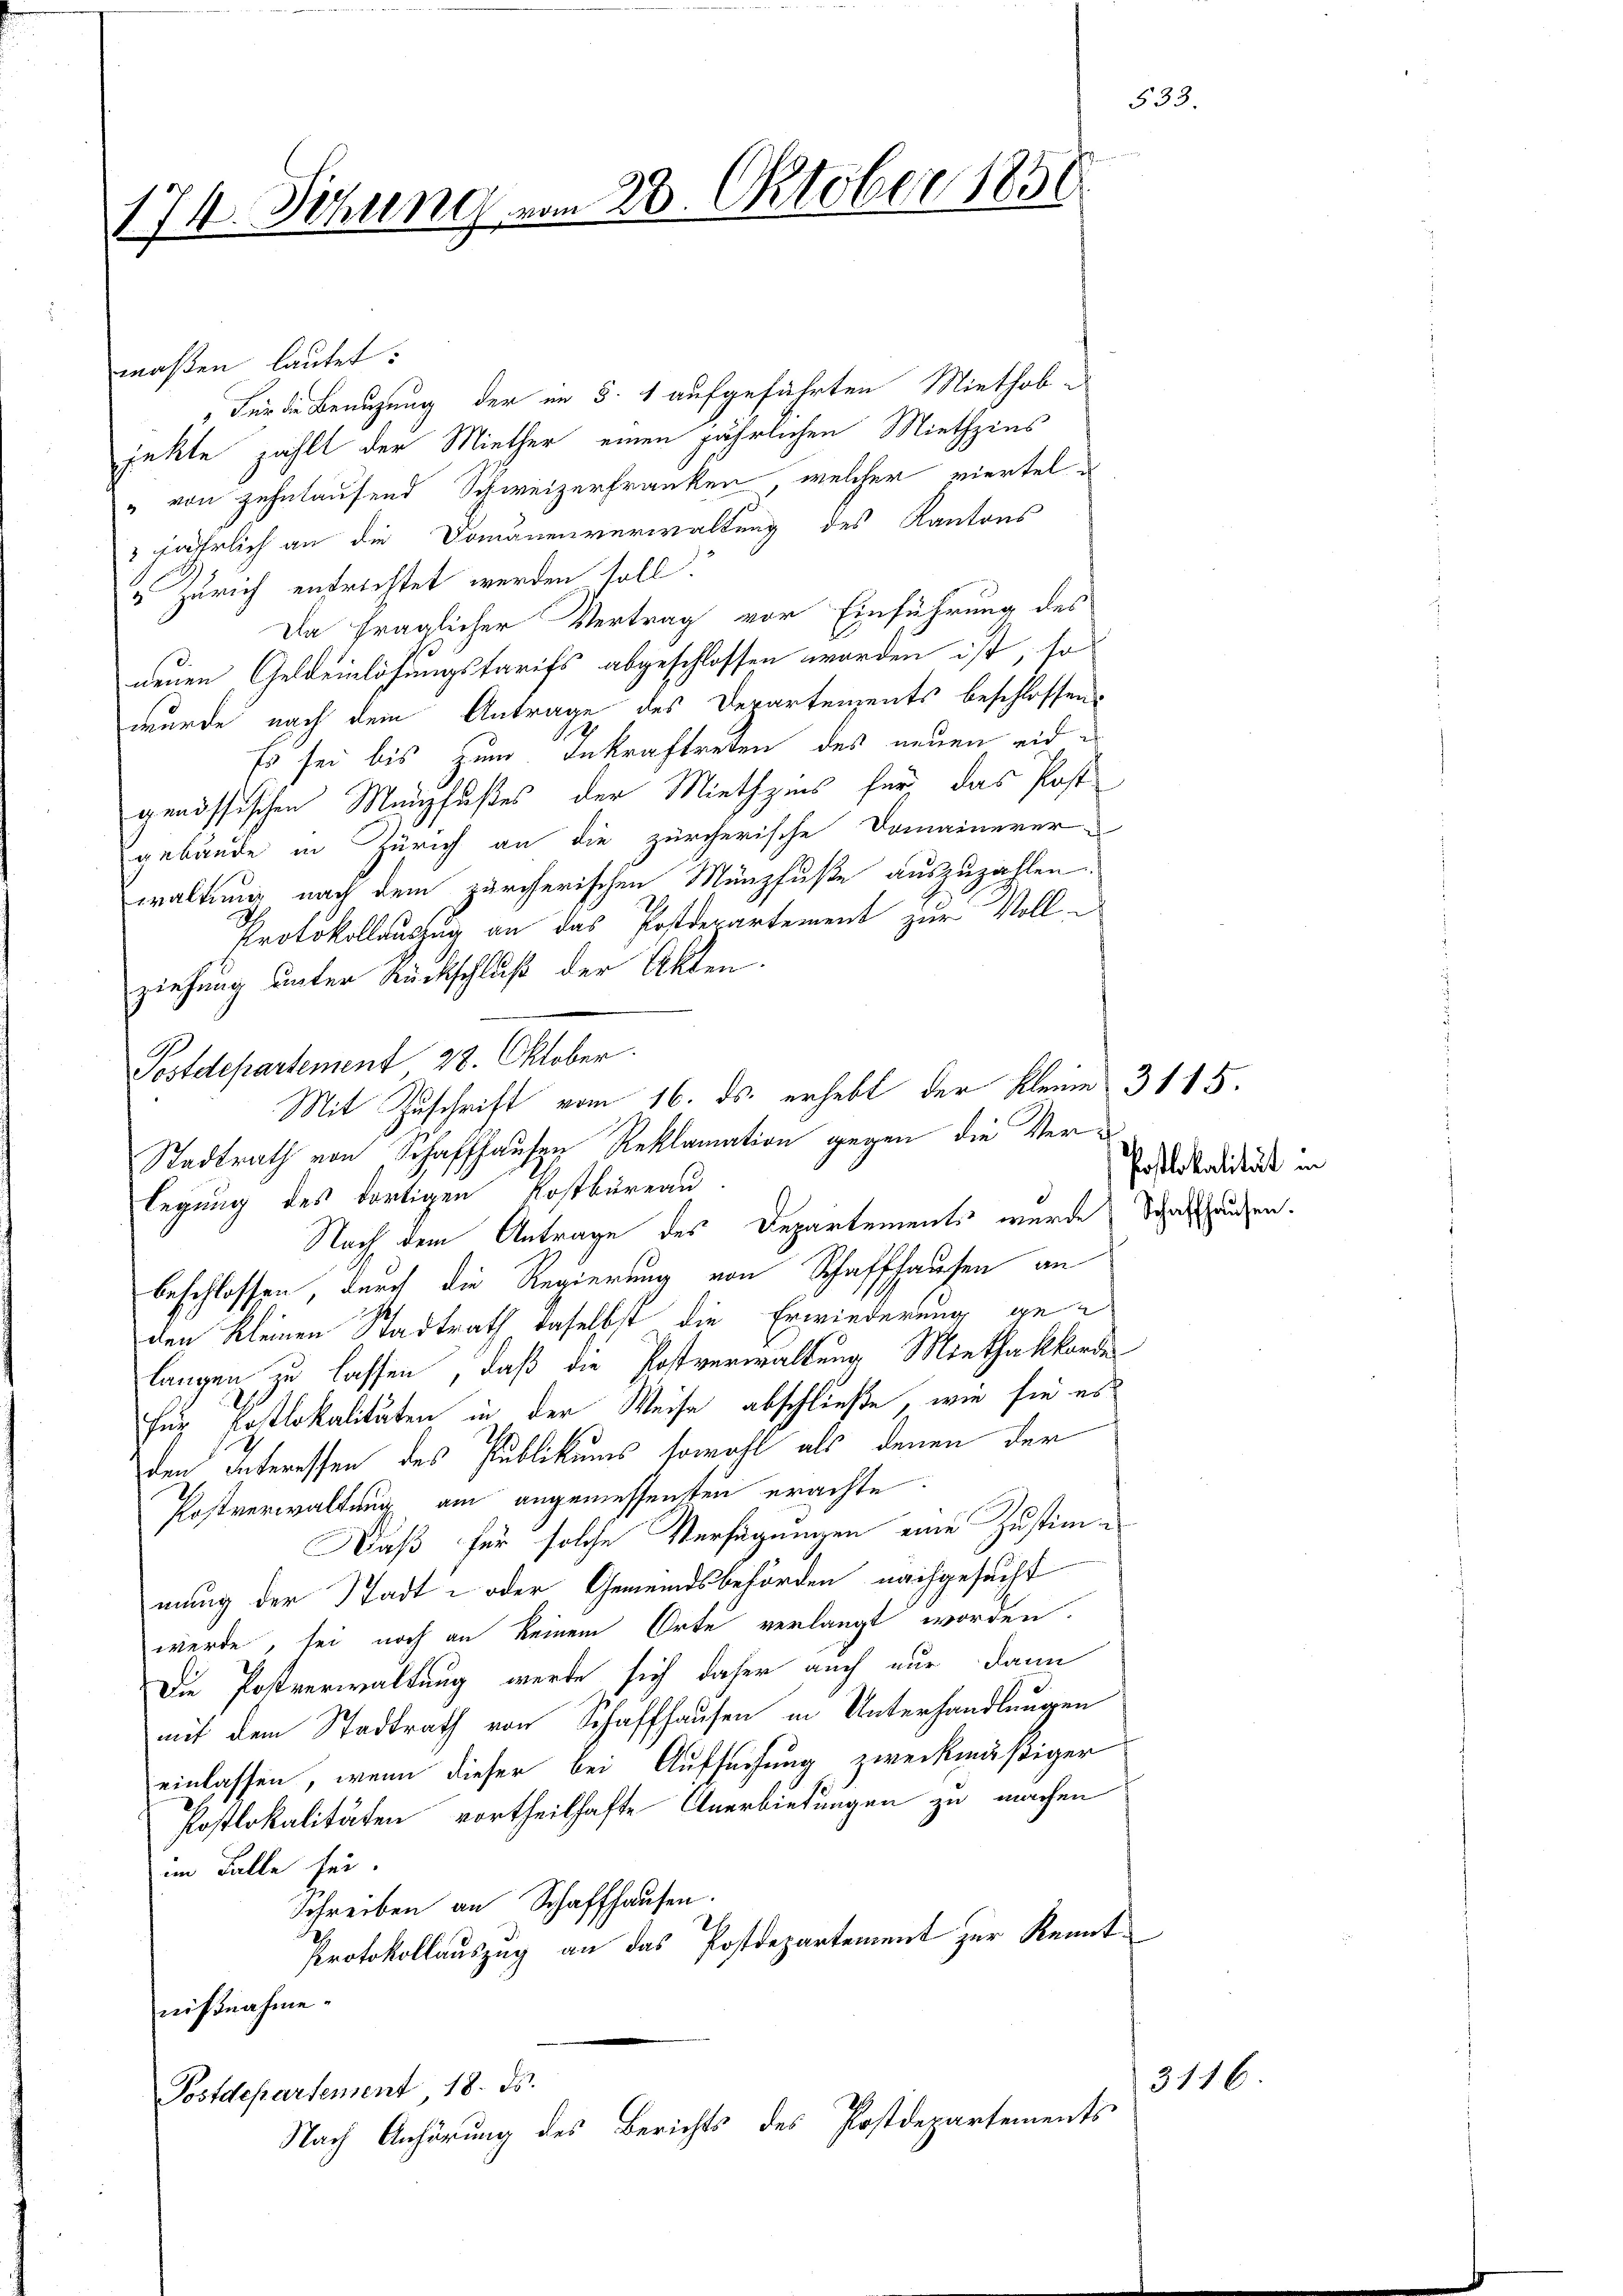
174. Sitzung vom 28. Oktober 1850

maßen lautet.
„Für die Benuzung der im §. 1 aufgeführten Miethobe
jekte zählt der Miether einen jährlichen Miethzins
" von zehntausend Schweizerfranken, welcher viertel¬
" jährlich an die Domänenverwaltung des Kantons
 Zürich entrichtet werden soll.
Da fraglicher Vertrag vor Einführung des
neuen Geldeinlösungsfarifs abgeschlossen worden ist, so
wurde nach dem Antrage des Departenzents beschlossen.
Es sei bis zum Inkraftreten des neuen eid es
genössischen Münzfußes der Miethzins für das Post
gebäude in Zürich an die zürcherische Domainerer-
waltung nach dem zürcherischen Münzfuße auszuzahlen.
Protokollauszug an das Postderartement zur Vollziehung unter Rückschluß der Akten.
Postdepartement 28. Oktober.
Stadtrath von Schaffhausen Reklamation gegen die Verlegung des dortigen Kostbüreau
Nach dem Antrage des Departements wurde Schaftspruchen.
beschlossen, durch die Regierung von Schaffhausen an
den kleinen Stadtrath daselbst die Erwiederung gelangen zu lassen, daß die Postverwaltung Miethakkorde
Für Postlokalitäten in der Weise abschließe, wie sie es
den Interessen des Publikums sowohl als denen der
Postverwaltung am angemessensten erachte:
Daß für solche Verfügungen eine Zustimmung der Stadt- oder Gemeindsbehörden nachgesucht
werde, sei noch an keinem Orte verlangt worden.
Die Postverwaltung werde sich daher auch nur dann
mit dem Stadtrath von Schaffhausen in Unterhandlungen
einlassen, wenn dieser bei Aufsuchung zweckmäßiger
Postlokalitäten vortheilhafte Unerbietungen zu machen
im Falle sei.
Schreiben an Schaffhausen.
2
Protokollauszug an das Postdepartement zur Kenntnißnahme.
Postdepartement, 18. ds.
Nach Anhörung des Berichts des Postdepartements

Mit Zuschrift vom 16. ds. erhebt der Kleine 3115.

533.

Postlokalität in

3116